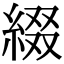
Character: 綴